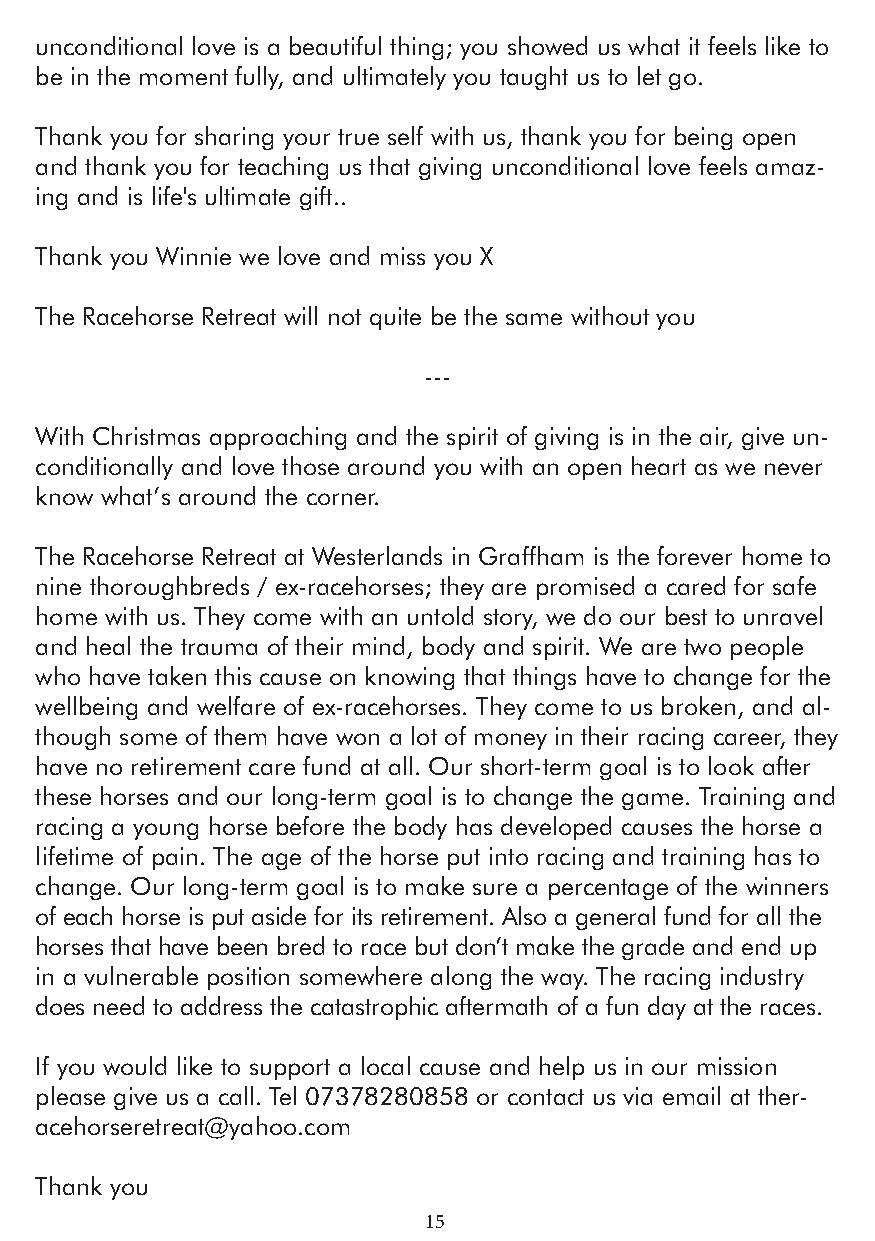
unconditional love is a beautiful thing; you showed us what it feels like to
 be in the moment fully, and ultimately you taught us to let go.
 Thank you for sharing your true self with us, thank you for being open
 and thank you for teaching us that giving unconditional love feels amaz-
 ing and is life's ultimate gift..
 Thank you Winnie we love and miss you X
 The Racehorse Retreat will not quite be the same without you
 ---
 With Christmas approaching and the spirit of giving is in the air, give un-
 conditionally and love those around you with an open heart as we never
 know what’s around the corner.
 The Racehorse Retreat at Westerlands in Graffham is the forever home to
 nine thoroughbreds / ex-racehorses; they are promised a cared for safe
 home with us. They come with an untold story, we do our best to unravel
 and heal the trauma of their mind, body and spirit. We are two people
 who have taken this cause on knowing that things have to change for the
 wellbeing and welfare of ex-racehorses. They come to us broken, and al-
 though some of them have won a lot of money in their racing career, they
 have no retirement care fund at all. Our short-term goal is to look after
 these horses and our long-term goal is to change the game. Training and
 racing a young horse before the body has developed causes the horse a
 lifetime of pain. The age of the horse put into racing and training has to
 change. Our long-term goal is to make sure a percentage of the winners
 of each horse is put aside for its retirement. Also a general fund for all the
 horses that have been bred to race but don’t make the grade and end up
 in a vulnerable position somewhere along the way. The racing industry
 does need to address the catastrophic aftermath of a fun day at the races.
 If you would like to support a local cause and help us in our mission
 please give us a call. Tel 07378280858 or contact us via email at ther-
 acehorseretreat@yahoo.com
 Thank you
 15